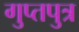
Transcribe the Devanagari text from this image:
गुप्तपुत्र